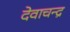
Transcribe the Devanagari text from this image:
देवाचन्द्र